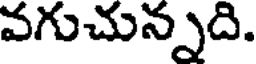
వగుచున్నది.